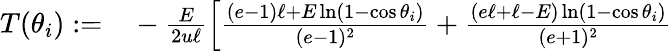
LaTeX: \begin{array}{rl}{T(\theta_{i}):=}&{{}-\frac{E}{2u\ell}\left[\frac{(e-1)\ell+E\ln(1-\cos\theta_{i})}{(e-1)^{2}}+\frac{(e\ell+\ell-E)\ln(1-\cos\theta_{i})}{(e+1)^{2}}\right.}\end{array}